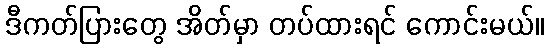
ဒီကတ်ပြားတွေ အိတ်မှာ တပ်ထားရင် ကောင်းမယ်။